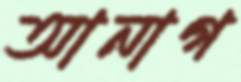
আনাগ